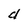
Character: d